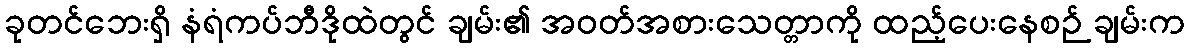
ခုတင်ဘေးရှိ နံရံကပ်ဘီဒိုထဲတွင် ချမ်း၏ အဝတ်အစားသေတ္တာကို ထည့်ပေးနေစဉ် ချမ်းက